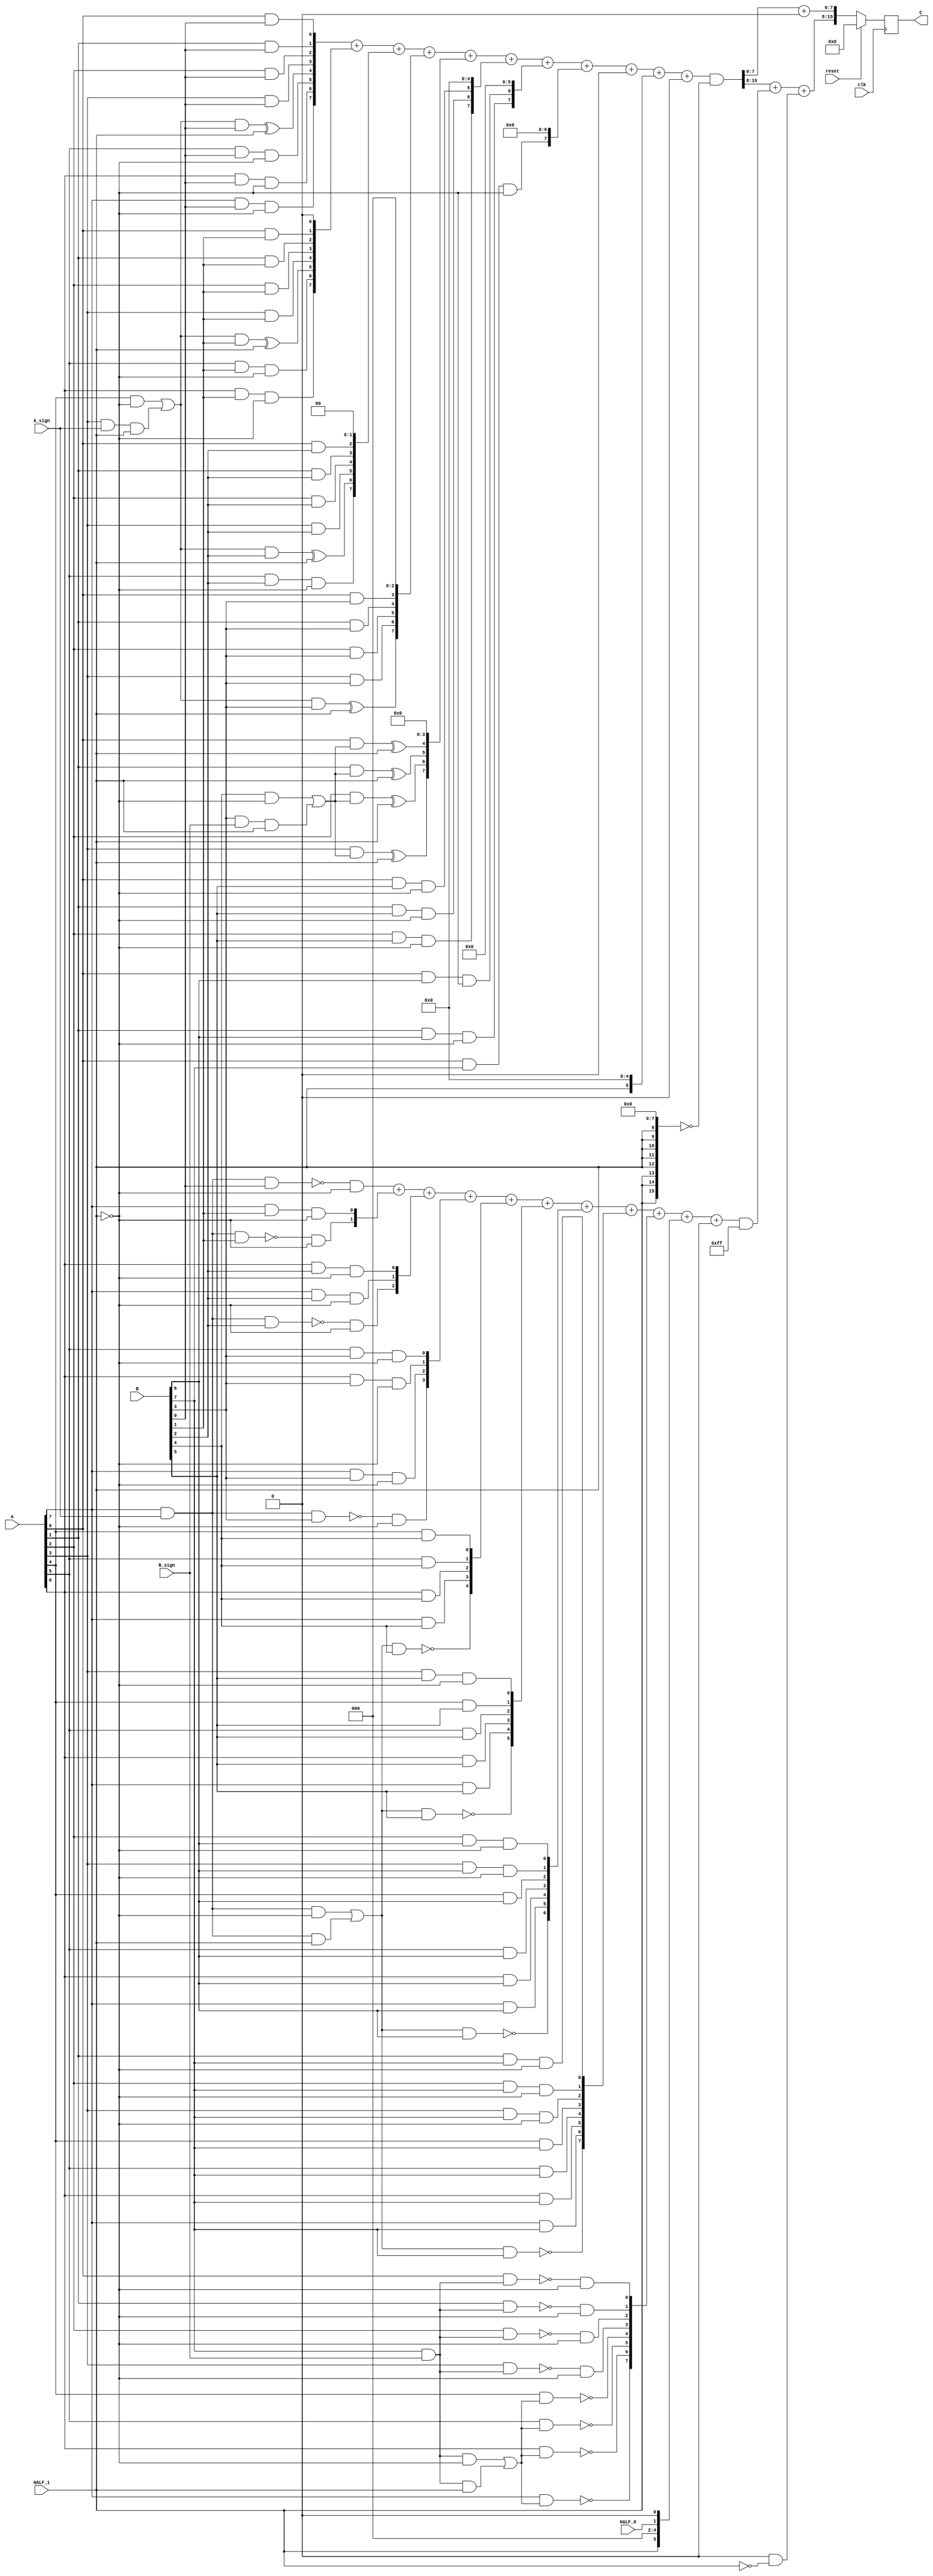
module multiplier_S_C2x2_F1_8bits_8bits_HighLevelDescribed_auto(
		input clk,
		input reset,

		input [A_chop_size-1:0] A,
		input [B_chop_size-1:0] B,

		input A_sign,
		input B_sign,

		input HALF_0,	// a selector bit to switch computation to half mode level 0
		input HALF_1,	// a selector bit to switch computation to half mode level 1

		output reg [A_chop_size+B_chop_size-1:0] C
	);

parameter A_chop_size = 8;
parameter B_chop_size = 8;

// to support both signed and unsigned multiplication
// sign extension regarding extra sign identifier
wire A_extended_level0_0;
wire B_extended_level0_0;
assign A_extended_level0_0 = (A[7])&(A_sign);
assign B_extended_level0_0 = (B[7])&(B_sign);

wire A_extended_level1_0;
wire B_extended_level1_0;
assign A_extended_level1_0 = (A[7])&(A_sign);
assign B_extended_level1_0 = (B[7])&(B_sign);
wire A_extended_level1_1;
wire B_extended_level1_1;
assign A_extended_level1_1 = (A[3])&(A_sign);
assign B_extended_level1_1 = (B[3])&(B_sign);


reg [A_chop_size:0] PP [B_chop_size:0];
always @(*) begin
	PP[0][0] = (A[0])&(B[0]);
	PP[0][1] = (A[1])&(B[0]);
	PP[0][2] = (A[2])&(B[0]);
	PP[0][3] = (A[3])&(B[0]);
	PP[0][4] = ((((A[4])&(~(HALF_1)))|((A_extended_level1_1)&(HALF_1)))&(B[0]))^(HALF_1);
	PP[0][5] = ((A[5])&(B[0]))&(~(HALF_1));
	PP[0][6] = ((A[6])&(B[0]))&(~(HALF_1));
	PP[0][7] = ((A[7])&(B[0]))&(~(HALF_1));
	PP[0][8] = (~((A_extended_level0_0)&(B[0])))&(~(HALF_1));
	PP[1][0] = (A[0])&(B[1]);
	PP[1][1] = (A[1])&(B[1]);
	PP[1][2] = (A[2])&(B[1]);
	PP[1][3] = (A[3])&(B[1]);
	PP[1][4] = ((((A[4])&(~(HALF_1)))|((A_extended_level1_1)&(HALF_1)))&(B[1]))^(HALF_1);
	PP[1][5] = ((A[5])&(B[1]))&(~(HALF_1));
	PP[1][6] = ((A[6])&(B[1]))&(~(HALF_1));
	PP[1][7] = ((A[7])&(B[1]))&(~(HALF_1));
	PP[1][8] = (~((A_extended_level0_0)&(B[1])))&(~(HALF_1));
	PP[2][0] = (A[0])&(B[2]);
	PP[2][1] = (A[1])&(B[2]);
	PP[2][2] = (A[2])&(B[2]);
	PP[2][3] = (A[3])&(B[2]);
	PP[2][4] = ((((A[4])&(~(HALF_1)))|((A_extended_level1_1)&(HALF_1)))&(B[2]))^(HALF_1);
	PP[2][5] = ((A[5])&(B[2]))&(~(HALF_1));
	PP[2][6] = ((A[6])&(B[2]))&(~(HALF_1));
	PP[2][7] = ((A[7])&(B[2]))&(~(HALF_1));
	PP[2][8] = (~((A_extended_level0_0)&(B[2])))&(~(HALF_1));
	PP[3][0] = (A[0])&(B[3]);
	PP[3][1] = (A[1])&(B[3]);
	PP[3][2] = (A[2])&(B[3]);
	PP[3][3] = (A[3])&(B[3]);
	PP[3][4] = ((((A[4])&(~(HALF_1)))|((A_extended_level1_1)&(HALF_1)))&(B[3]))^(HALF_1);
	PP[3][5] = ((A[5])&(B[3]))&(~(HALF_1));
	PP[3][6] = ((A[6])&(B[3]))&(~(HALF_1));
	PP[3][7] = ((A[7])&(B[3]))&(~(HALF_1));
	PP[3][8] = (~((A_extended_level0_0)&(B[3])))&(~(HALF_1));
	PP[4][0] = ((A[0])&(((B[4])&(~(HALF_1)))|((B_extended_level1_1)&(HALF_1))))^(HALF_1);
	PP[4][1] = ((A[1])&(((B[4])&(~(HALF_1)))|((B_extended_level1_1)&(HALF_1))))^(HALF_1);
	PP[4][2] = ((A[2])&(((B[4])&(~(HALF_1)))|((B_extended_level1_1)&(HALF_1))))^(HALF_1);
	PP[4][3] = ((A[3])&(((B[4])&(~(HALF_1)))|((B_extended_level1_1)&(HALF_1))))^(HALF_1);
	PP[4][4] = (A[4])&(B[4]);
	PP[4][5] = (A[5])&(B[4]);
	PP[4][6] = (A[6])&(B[4]);
	PP[4][7] = (A[7])&(B[4]);
	PP[4][8] = ~((((A_extended_level0_0)&(~(HALF_1)))|((A_extended_level1_0)&(HALF_1)))&(B[4]));
	PP[5][0] = ((A[0])&(B[5]))&(~(HALF_1));
	PP[5][1] = ((A[1])&(B[5]))&(~(HALF_1));
	PP[5][2] = ((A[2])&(B[5]))&(~(HALF_1));
	PP[5][3] = ((A[3])&(B[5]))&(~(HALF_1));
	PP[5][4] = (A[4])&(B[5]);
	PP[5][5] = (A[5])&(B[5]);
	PP[5][6] = (A[6])&(B[5]);
	PP[5][7] = (A[7])&(B[5]);
	PP[5][8] = ~((((A_extended_level0_0)&(~(HALF_1)))|((A_extended_level1_0)&(HALF_1)))&(B[5]));
	PP[6][0] = ((A[0])&(B[6]))&(~(HALF_1));
	PP[6][1] = ((A[1])&(B[6]))&(~(HALF_1));
	PP[6][2] = ((A[2])&(B[6]))&(~(HALF_1));
	PP[6][3] = ((A[3])&(B[6]))&(~(HALF_1));
	PP[6][4] = (A[4])&(B[6]);
	PP[6][5] = (A[5])&(B[6]);
	PP[6][6] = (A[6])&(B[6]);
	PP[6][7] = (A[7])&(B[6]);
	PP[6][8] = ~((((A_extended_level0_0)&(~(HALF_1)))|((A_extended_level1_0)&(HALF_1)))&(B[6]));
	PP[7][0] = ((A[0])&(B[7]))&(~(HALF_1));
	PP[7][1] = ((A[1])&(B[7]))&(~(HALF_1));
	PP[7][2] = ((A[2])&(B[7]))&(~(HALF_1));
	PP[7][3] = ((A[3])&(B[7]))&(~(HALF_1));
	PP[7][4] = (A[4])&(B[7]);
	PP[7][5] = (A[5])&(B[7]);
	PP[7][6] = (A[6])&(B[7]);
	PP[7][7] = (A[7])&(B[7]);
	PP[7][8] = ~((((A_extended_level0_0)&(~(HALF_1)))|((A_extended_level1_0)&(HALF_1)))&(B[7]));
	PP[8][0] = (~((A[0])&(B_extended_level0_0)))&(~(HALF_1));
	PP[8][1] = (~((A[1])&(B_extended_level0_0)))&(~(HALF_1));
	PP[8][2] = (~((A[2])&(B_extended_level0_0)))&(~(HALF_1));
	PP[8][3] = (~((A[3])&(B_extended_level0_0)))&(~(HALF_1));
	PP[8][4] = ~((A[4])&(((B_extended_level0_0)&(~(HALF_1)))|((B_extended_level1_0)&(HALF_1))));
	PP[8][5] = ~((A[5])&(((B_extended_level0_0)&(~(HALF_1)))|((B_extended_level1_0)&(HALF_1))));
	PP[8][6] = ~((A[6])&(((B_extended_level0_0)&(~(HALF_1)))|((B_extended_level1_0)&(HALF_1))));
	PP[8][7] = ~((A[7])&(((B_extended_level0_0)&(~(HALF_1)))|((B_extended_level1_0)&(HALF_1))));
	PP[8][8] = (A_extended_level0_0)&(B_extended_level0_0);
end

// sum of PPs
integer j;
integer i_0;
integer i_1;

wire [16:0] Baugh_Wooley_0;
assign Baugh_Wooley_0 = {{1'b0},{1'b0},{1'b0},{(HALF_1)|(1'b0)},{1'b0},{1'b0},{1'b0},{(HALF_0)|(1'b0)},{1'b0},{1'b0},{1'b0},{(HALF_1)|(1'b0)},{1'b0},{1'b0},{1'b0},{1'b0},{1'b0}};
wire [16:0] Baugh_Wooley_1;
assign Baugh_Wooley_1 = {{1'b0},{1'b0},{1'b0},{1'b0},{1'b0},{1'b0},{1'b0},{1'b0},{1'b0},{1'b0},{1'b0},{1'b0},{1'b0},{1'b0},{1'b0},{1'b0},{1'b0}};

reg [16:0] PP_temp [8:0];
always @(*) begin
	for (j = 0; j < (B_chop_size +1); j = j + 1 ) begin
		PP_temp[j] = 17'b0 ;
	end
	for (j = 0; j < (B_chop_size +1); j = j + 1 ) begin
		PP_temp[j] = (PP[j] << j);
	end
end

reg [15:0] C_temp_0;
reg [15:0] C_temp_1;
reg [15:0] C_0;
reg [15:0] C_1;
always @(*) begin
	C_temp_1 [7:0] = 8'b0;
	C_1 [7:0] = C_temp_1 [7:0];
	C_temp_0[15:0] = PP_temp[0][7: 0] + PP_temp[1][7: 0] + PP_temp[2][7: 0] + PP_temp[3][7: 0] + PP_temp[4][7: 0] + PP_temp[5][7: 0] + PP_temp[6][7: 0] + PP_temp[7][7: 0] + PP_temp[8][7: 0] + Baugh_Wooley_0[7: 0] + Baugh_Wooley_1[7: 0];
	C_0[15:0] = (C_temp_0[15:0])&(~({{8{HALF_1}},{8{1'b0}}}));
	C_temp_1[15:8] = PP_temp[0][15: 8] + PP_temp[1][15: 8] + PP_temp[2][15: 8] + PP_temp[3][15: 8] + PP_temp[4][15: 8] + PP_temp[5][15: 8] + PP_temp[6][15: 8] + PP_temp[7][15: 8] + PP_temp[8][15: 8] + Baugh_Wooley_0[15: 8] + Baugh_Wooley_1[15: 8];
	C_1[15:8] = (C_temp_1[15:8])&(~({{0{(HALF_0)|(HALF_1)}},{8{1'b0}}}));
end

reg C_carry_temp_0;
reg signed [A_chop_size+B_chop_size-1:0] C_temp;
always @(*) begin
	C_temp[7: 0] = C_0[7: 0] + C_1[7: 0];
	C_carry_temp_0 = ((((C_0[7])&(C_1[7])))|(((C_0[7])^(C_1[7]))&((C_0[6])&(C_1[6])))|(((C_0[7])^(C_1[7]))&((C_0[6])^(C_1[6]))&((C_0[5])&(C_1[5])))|(((C_0[7])^(C_1[7]))&((C_0[6])^(C_1[6]))&((C_0[5])^(C_1[5]))&((C_0[4])&(C_1[4])))|(((C_0[7])^(C_1[7]))&((C_0[6])^(C_1[6]))&((C_0[5])^(C_1[5]))&((C_0[4])^(C_1[4]))&((C_0[3])&(C_1[3])))|(((C_0[7])^(C_1[7]))&((C_0[6])^(C_1[6]))&((C_0[5])^(C_1[5]))&((C_0[4])^(C_1[4]))&((C_0[3])^(C_1[3]))&((C_0[2])&(C_1[2])))|(((C_0[7])^(C_1[7]))&((C_0[6])^(C_1[6]))&((C_0[5])^(C_1[5]))&((C_0[4])^(C_1[4]))&((C_0[3])^(C_1[3]))&((C_0[2])^(C_1[2]))&((C_0[1])&(C_1[1])))|(((C_0[7])^(C_1[7]))&((C_0[6])^(C_1[6]))&((C_0[5])^(C_1[5]))&((C_0[4])^(C_1[4]))&((C_0[3])^(C_1[3]))&((C_0[2])^(C_1[2]))&((C_0[1])^(C_1[1]))&((C_0[0])&(C_1[0])))|(((C_0[7])^(C_1[7]))&((C_0[6])^(C_1[6]))&((C_0[5])^(C_1[5]))&((C_0[4])^(C_1[4]))&((C_0[3])^(C_1[3]))&((C_0[2])^(C_1[2]))&((C_0[1])^(C_1[1]))&((C_0[0])^(C_1[0]))&(1'b0)));
	C_temp[15: 8] = C_0[15: 8] + C_1[15: 8] + ((C_carry_temp_0)&(~(HALF_1)));
end
always @ (posedge clk) begin
	if(reset)
		C <= 0;
	else
		C <= C_temp[A_chop_size+B_chop_size-1:0];
end


endmodule